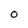
Character: O